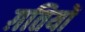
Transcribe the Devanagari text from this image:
ग़तियों